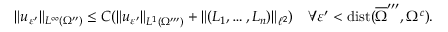
\| u _ { \varepsilon ^ { \prime } } \| _ { L ^ { \infty } ( \Omega ^ { \prime \prime } ) } \leq C ( \| u _ { \varepsilon ^ { \prime } } \| _ { L ^ { 1 } ( \Omega ^ { \prime \prime \prime } ) } + \| ( L _ { 1 } , \ldots , L _ { n } ) \| _ { \ell ^ { 2 } } ) \quad \forall \varepsilon ^ { \prime } < \operatorname { d i s t } ( \overline { { \Omega } } ^ { \prime \prime \prime } , \Omega ^ { c } ) .